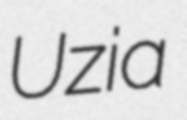
Uzia